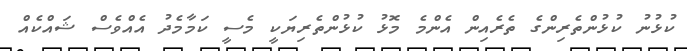
ކުޅުނު ކުޅުންތެރިންގެ ތެރެއިން އެންމެ މޮޅު ކުޅުންތެރިޔަކީ މެސީ ކަމާމެދު އެއްވެސް ޝައްކެއް